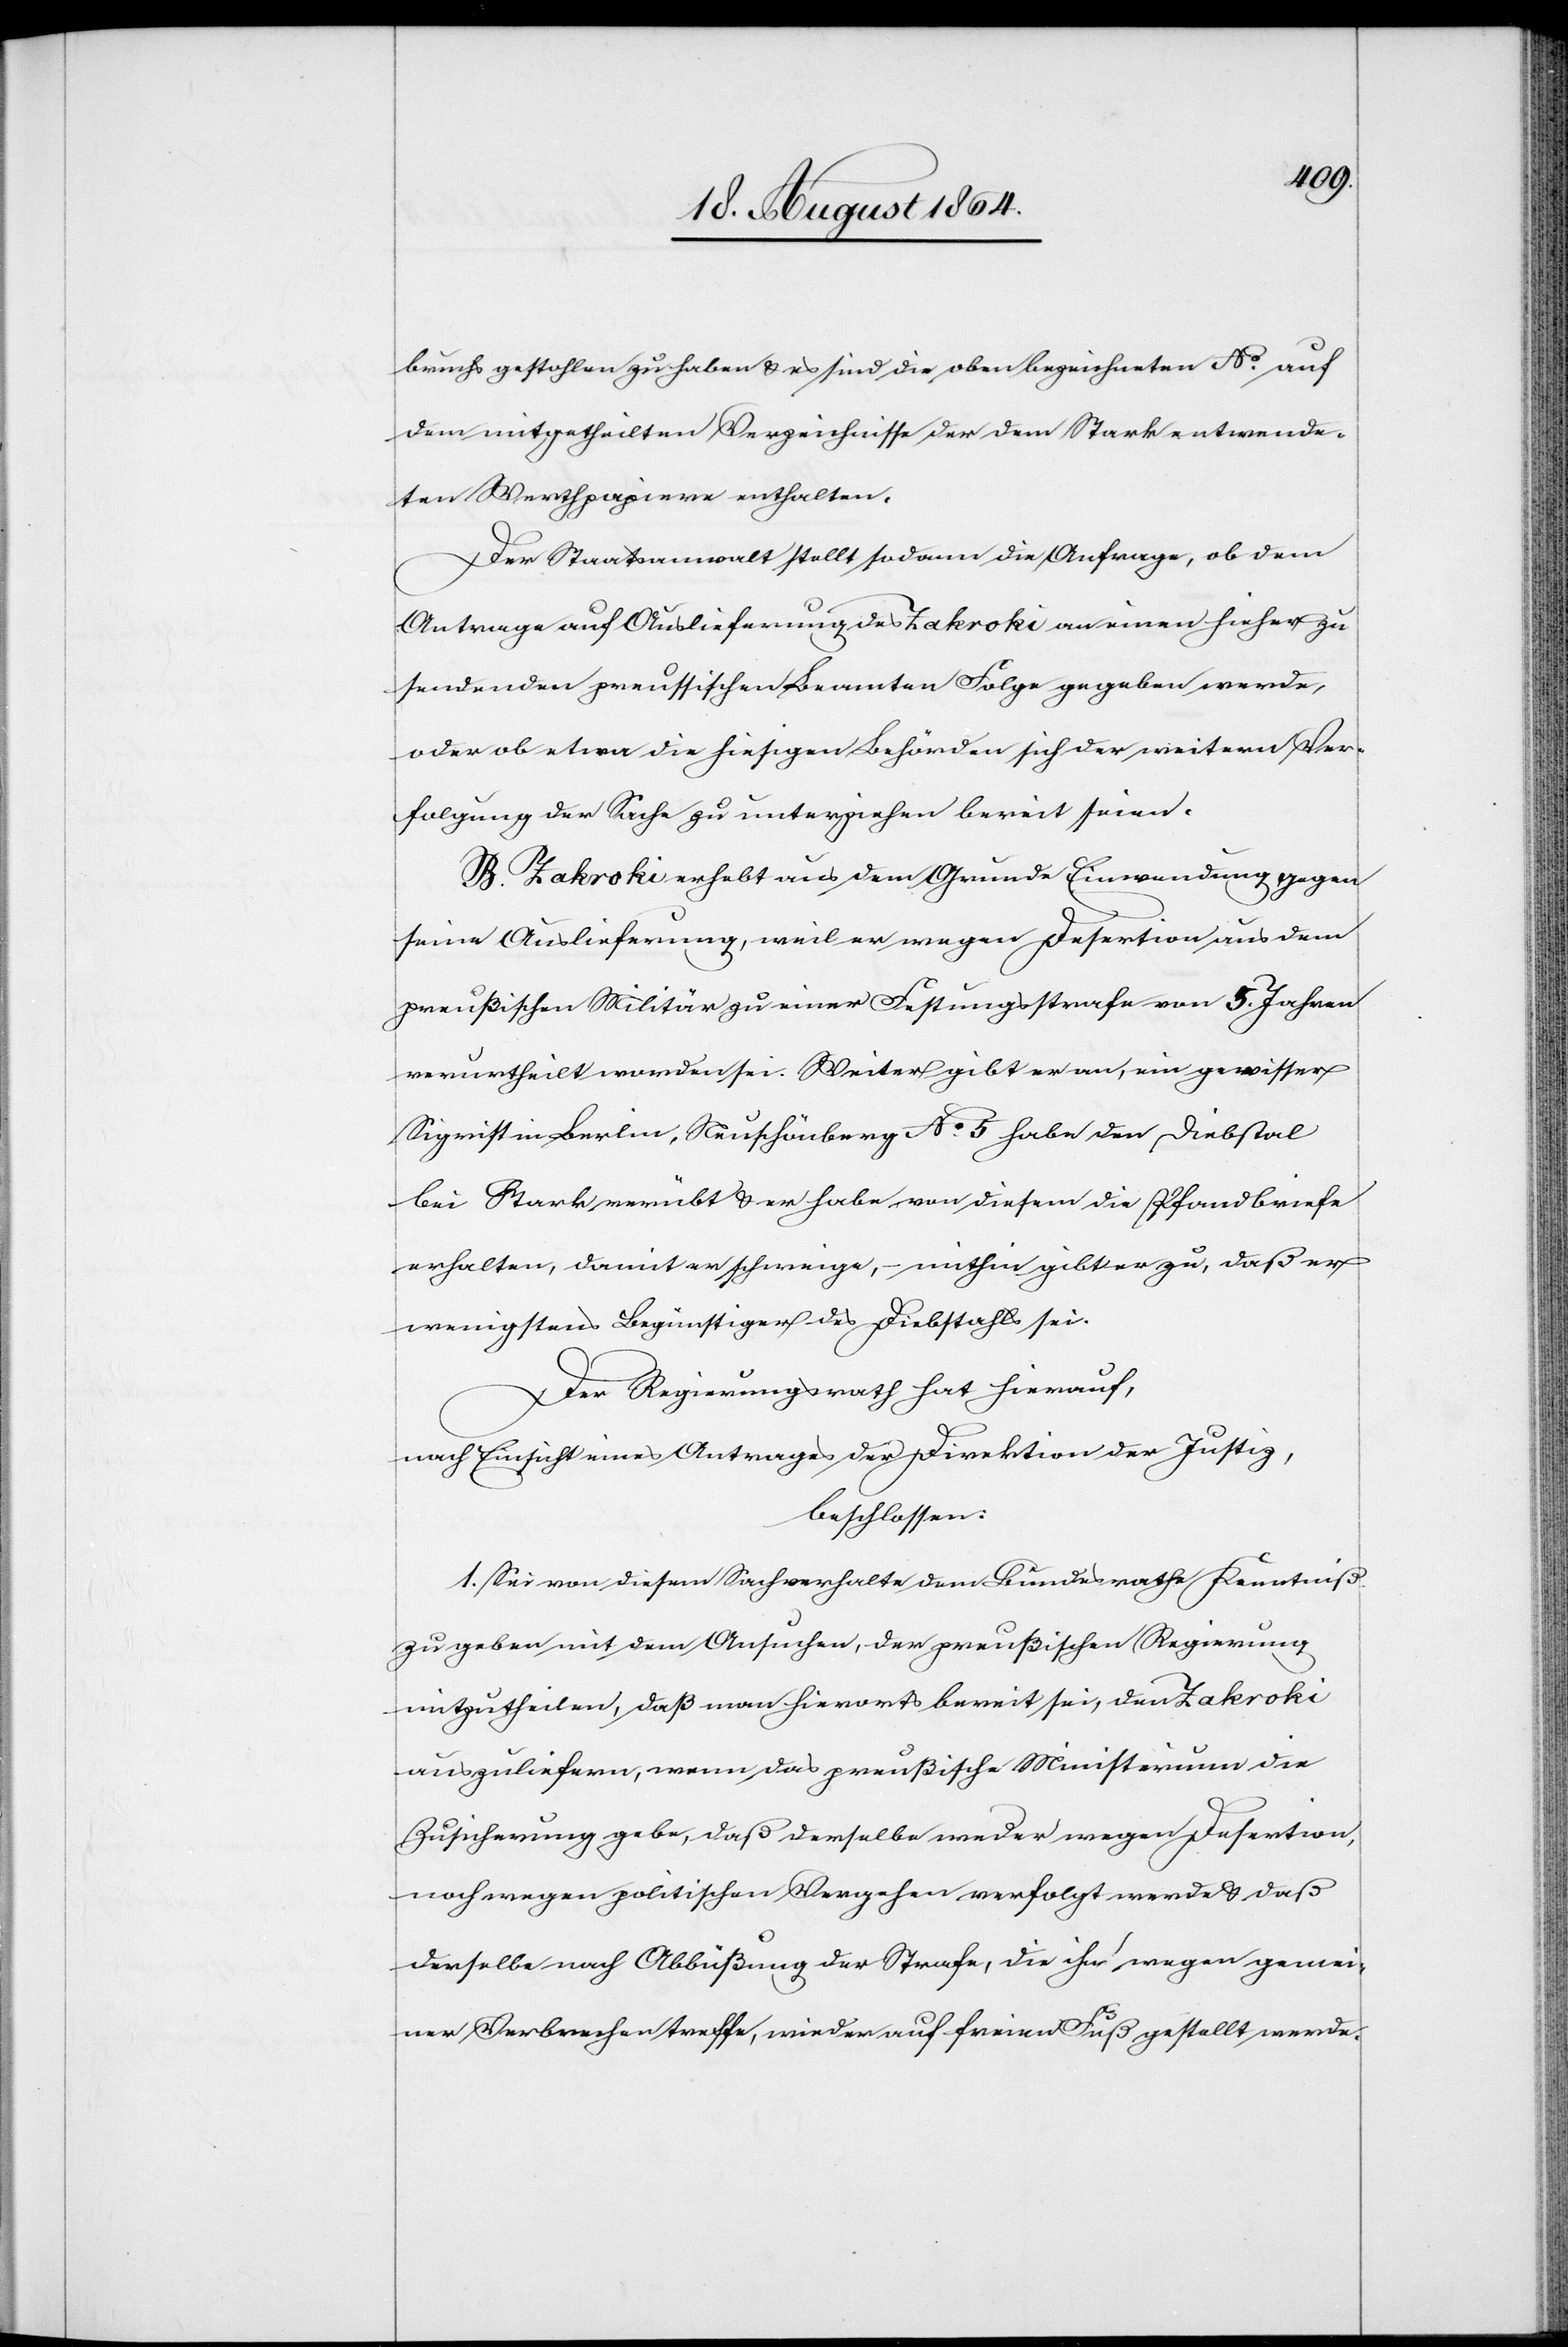
bruchs gestohlen zu haben & es sind die oben bezeichneten No. auf
dem mitgetheilten Verzeichnisse der dem Stark entwende¬
ten Werthpapiere enthalten.
Der Staatsanwalt stellt sodann die Anfrage, ob dem
Antrage auf Auslieferung des Zakroki an einen hieher zu
sendenden preussischen Beamten Folge gegeben werde,
oder ob etwa die hiesigen Behörden sich der weitern Ver¬
folgung der Sache zu unterziehen bereit seien.
B. Zakroki erhebt aus dem Grunde Einwendung gegen
seine Auslieferung, weil er wegen Desertion aus dem
preußischen Militär zu einer Festungsstrafe von 5. Jahren
verurtheilt worden sei. Weiter gibt er an, ein gewisser
Sigrist in Berlin, Neuschönberg No. 5 habe den Diebstal
bei Stark verübt & er habe von diesem die Pfandbriefe
erhalten, damit er schweige, – mithin gibt er zu, daß er
wenigstens Begünstigter des Diebstahls sei.
Der Regierungsrath hat hierauf,
nach Einsicht eines Antrages der Direktion der Justiz,
beschlossen:
1. Sei von diesem Sachverhalte dem Bundesrathe Kenntniß
zu geben mit dem Ansuchen, der preußischen Regierung
mitzutheilen, daß man hierorts bereit sei, den Zakroki
auszuliefern, wenn das preußische Ministerium die
Zusicherung gebe, daß derselbe weder wegen Desertion
noch wegen politischen Vergehen verfolgt werde & daß
derselbe nach Abbüßung der Strafe, die ihn wegen gemei¬
ner Verbrechen treffe, wieder auf freien Fuß gestellt werde.